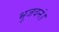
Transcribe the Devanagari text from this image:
भुजवनं।